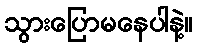
သွားပြောမနေပါနဲ့။